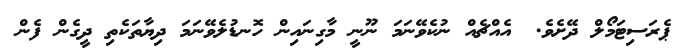
ޕެރަސިޓަމޯލް ދޭށެވެ. 	އެއްޗެއް ނުކެވޭނަމަ ނޫނީ މާގިނައިން ހޮނޑުލެވޭނަމަ ދިޔާތަކެތި ދީގެން ފެން